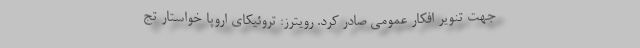
جهت تنویر افکار عمومی صادر کرد. رویترز: تروئیکای اروپا خواستار تج